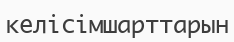
келісімшарттарын